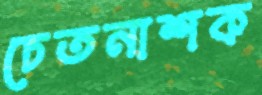
চেতনাশক